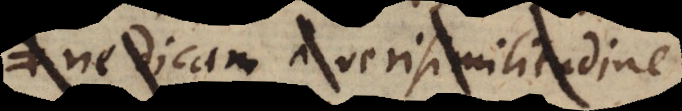
et a verisimilitudine